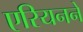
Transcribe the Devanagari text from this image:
एरियनने